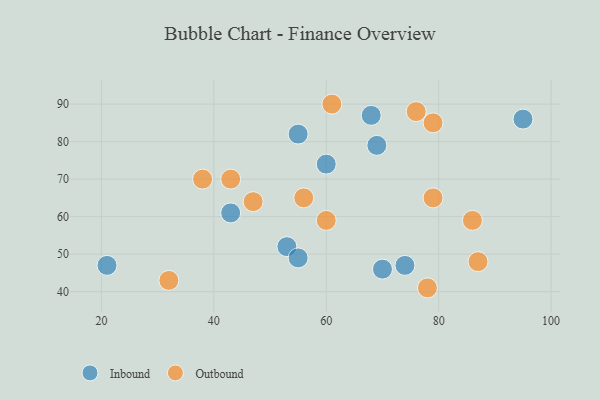
{"axis": {"x": "GDP", "y": "Life Expectancy"}, "legend": ["Inbound", "Outbound"], "data": [{"x": "55", "y": 82, "type": "Inbound"}, {"x": "70", "y": 46, "type": "Inbound"}, {"x": "95", "y": 86, "type": "Inbound"}, {"x": "68", "y": 87, "type": "Inbound"}, {"x": "53", "y": 52, "type": "Inbound"}, {"x": "55", "y": 49, "type": "Inbound"}, {"x": "21", "y": 47, "type": "Inbound"}, {"x": "74", "y": 47, "type": "Inbound"}, {"x": "69", "y": 79, "type": "Inbound"}, {"x": "60", "y": 74, "type": "Inbound"}, {"x": "43", "y": 61, "type": "Inbound"}, {"x": "47", "y": 64, "type": "Outbound"}, {"x": "78", "y": 41, "type": "Outbound"}, {"x": "43", "y": 70, "type": "Outbound"}, {"x": "86", "y": 59, "type": "Outbound"}, {"x": "56", "y": 65, "type": "Outbound"}, {"x": "76", "y": 88, "type": "Outbound"}, {"x": "60", "y": 59, "type": "Outbound"}, {"x": "38", "y": 70, "type": "Outbound"}, {"x": "32", "y": 43, "type": "Outbound"}, {"x": "87", "y": 48, "type": "Outbound"}, {"x": "79", "y": 85, "type": "Outbound"}, {"x": "79", "y": 65, "type": "Outbound"}, {"x": "61", "y": 90, "type": "Outbound"}]}